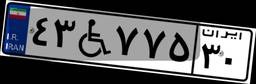
۹۱W۸۹۴۶۵